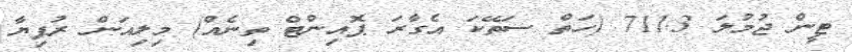
ޓީން ޖުމުލަ 711.3 (ހަތް ސަތޭކަ އެގާރަ ޕޮއިންޓް ތިނެއް) މިލިއަން ރުފިޔާ